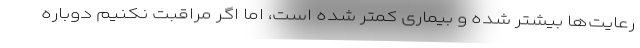
رعایت‌ها بیشتر شده و بیماری کمتر شده است، اما اگر مراقبت نکنیم دوباره